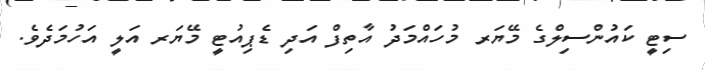
ސިޓީ ކައުންސިލްގެ މޭޔަރ މުހައްމަދު އާތިފް އަދި ޑެޕިއުޓީ މޭޔަރ އަލީ އަހުމަދެވެ.